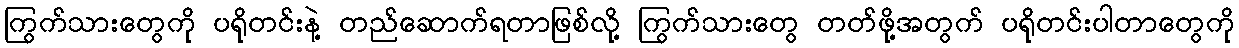
ကြွက်သားတွေကို ပရိုတင်းနဲ့ တည်ဆောက်ရတာဖြစ်လို့ ကြွက်သားတွေ တတ်ဖို့အတွက် ပရိုတင်းပါတာတွေကို